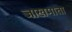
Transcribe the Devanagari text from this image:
जाखमाता